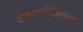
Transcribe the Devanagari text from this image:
पुनरावलोकनात